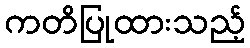
ကတိပြုထားသည့်